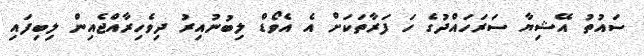
ސައުތު އޭޝިޔާ ސަރަހައްދުގެ ހަ ފަރާތަކަށް އެ އެވޯޑް ލިބުނުއިރު ދިވެހިރާއްޖެއިން ލިބިފައި